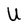
Character: U